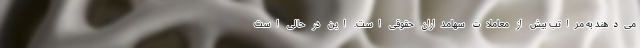
می‌دهند به مراتب بیش از معاملات سهامداران حقوقی است. این در حالی است